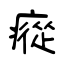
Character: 瘲